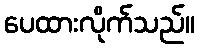
ပေထားလိုက်သည်။